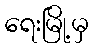
ရေးမြို့မှ